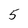
Character: 5